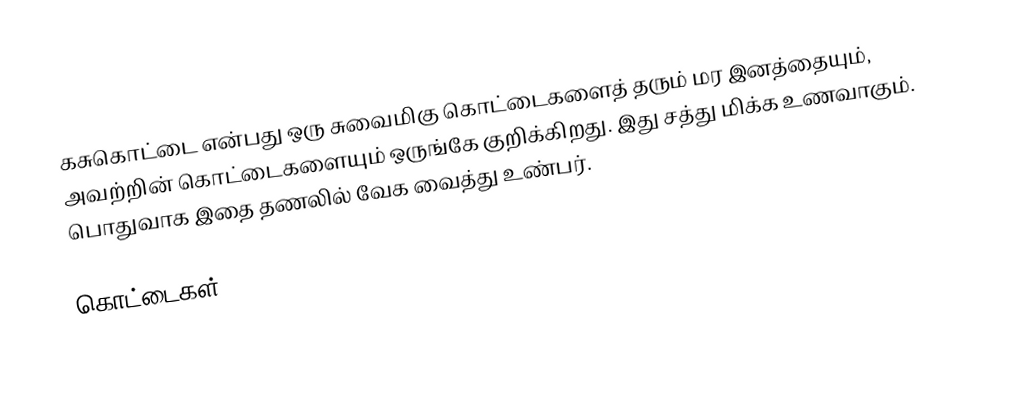
கசுகொட்டை என்பது ஒரு சுவைமிகு கொட்டைகளைத் தரும் மர இனத்தையும், அவற்றின் கொட்டைகளையும் ஒருங்கே குறிக்கிறது. இது சத்து மிக்க உணவாகும். பொதுவாக இதை தணலில் வேக வைத்து உண்பர்.

கொட்டைகள்